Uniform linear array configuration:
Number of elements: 12
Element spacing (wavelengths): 0.25
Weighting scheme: cosine
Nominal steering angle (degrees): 60
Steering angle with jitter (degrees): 60.173
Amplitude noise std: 0.05
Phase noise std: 0.05

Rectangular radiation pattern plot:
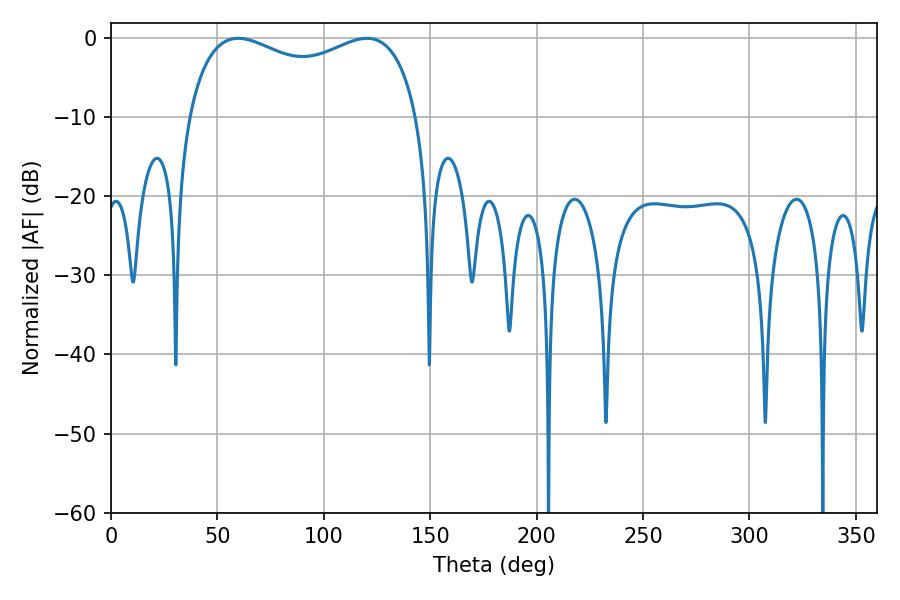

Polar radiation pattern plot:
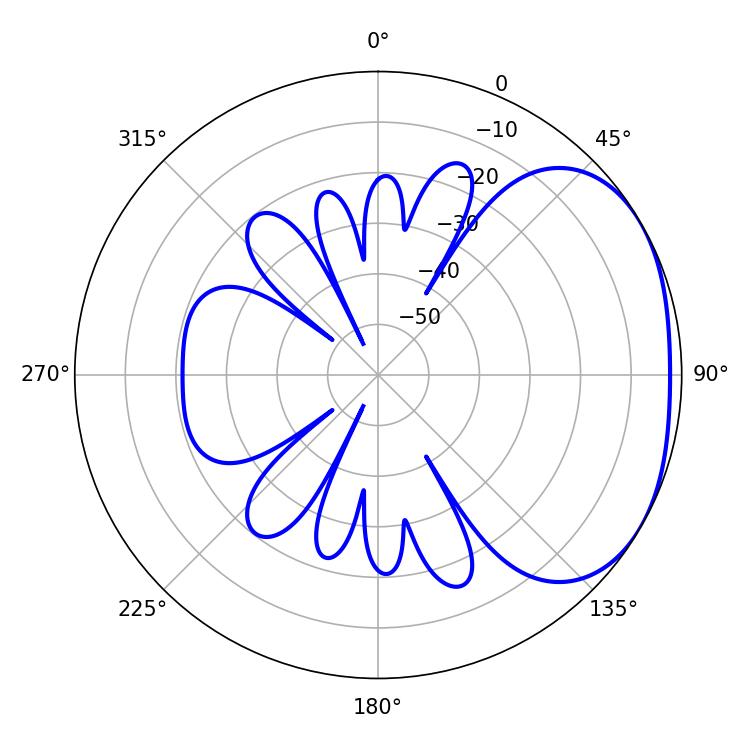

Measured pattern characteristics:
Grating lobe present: FALSE
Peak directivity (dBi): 2.37
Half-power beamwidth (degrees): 89.64
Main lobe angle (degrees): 59.76